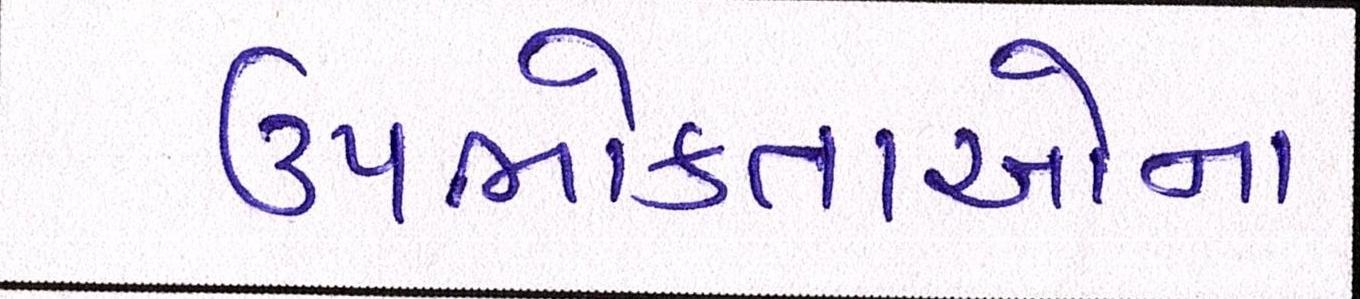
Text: ઉપભોક્તાઓના